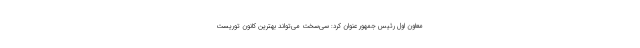
معاون اول رئیس جمهور عنوان کرد: سی‌سخت می‌تواند بهترین کانون توریست